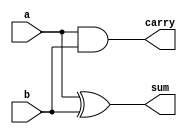
`timescale 1ns / 1ps
//////////////////////////////////////////////////////////////////////////////////
// Company: 
// Engineer: 
// 
// Design Name: 
// Module Name: ha
// Project Name: 
// Target Devices: 
// Tool Versions: 
// Description: 
// 
// Dependencies: 
// 
// Revision:
// Revision 0.01 - File Created
// Additional Comments:
// 
//////////////////////////////////////////////////////////////////////////////////


module ha(output carry,sum,
           input a,b);
and c1(carry,a,b);
xor s1(sum,a,b);
endmodule